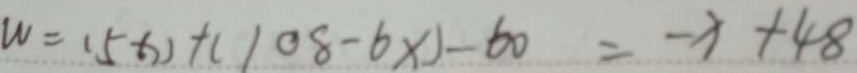
W = ( 5 x ) + ( 1 0 8 - 6 x ) - 6 0 = - x + 4 8